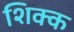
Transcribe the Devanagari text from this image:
शिक्क